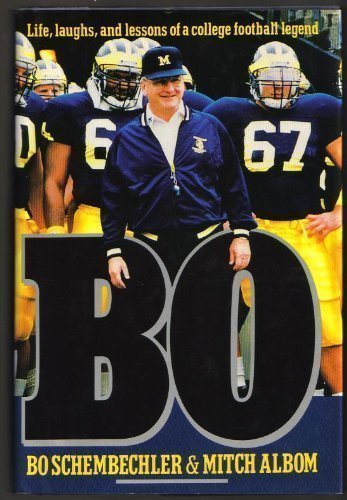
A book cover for Bo: Life, Laughs, and Lessons of a College Football Legend; Bo Schembechler; Biographies & Memoirs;